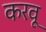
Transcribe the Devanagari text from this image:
करवू